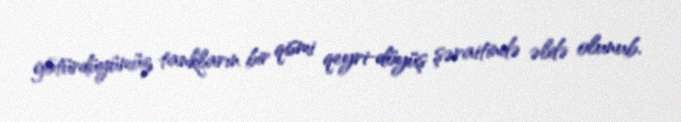
götürdüyümüz tankların bir qismi qeyri-döyüş şəraitində əldə olunub.